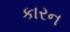
કારન